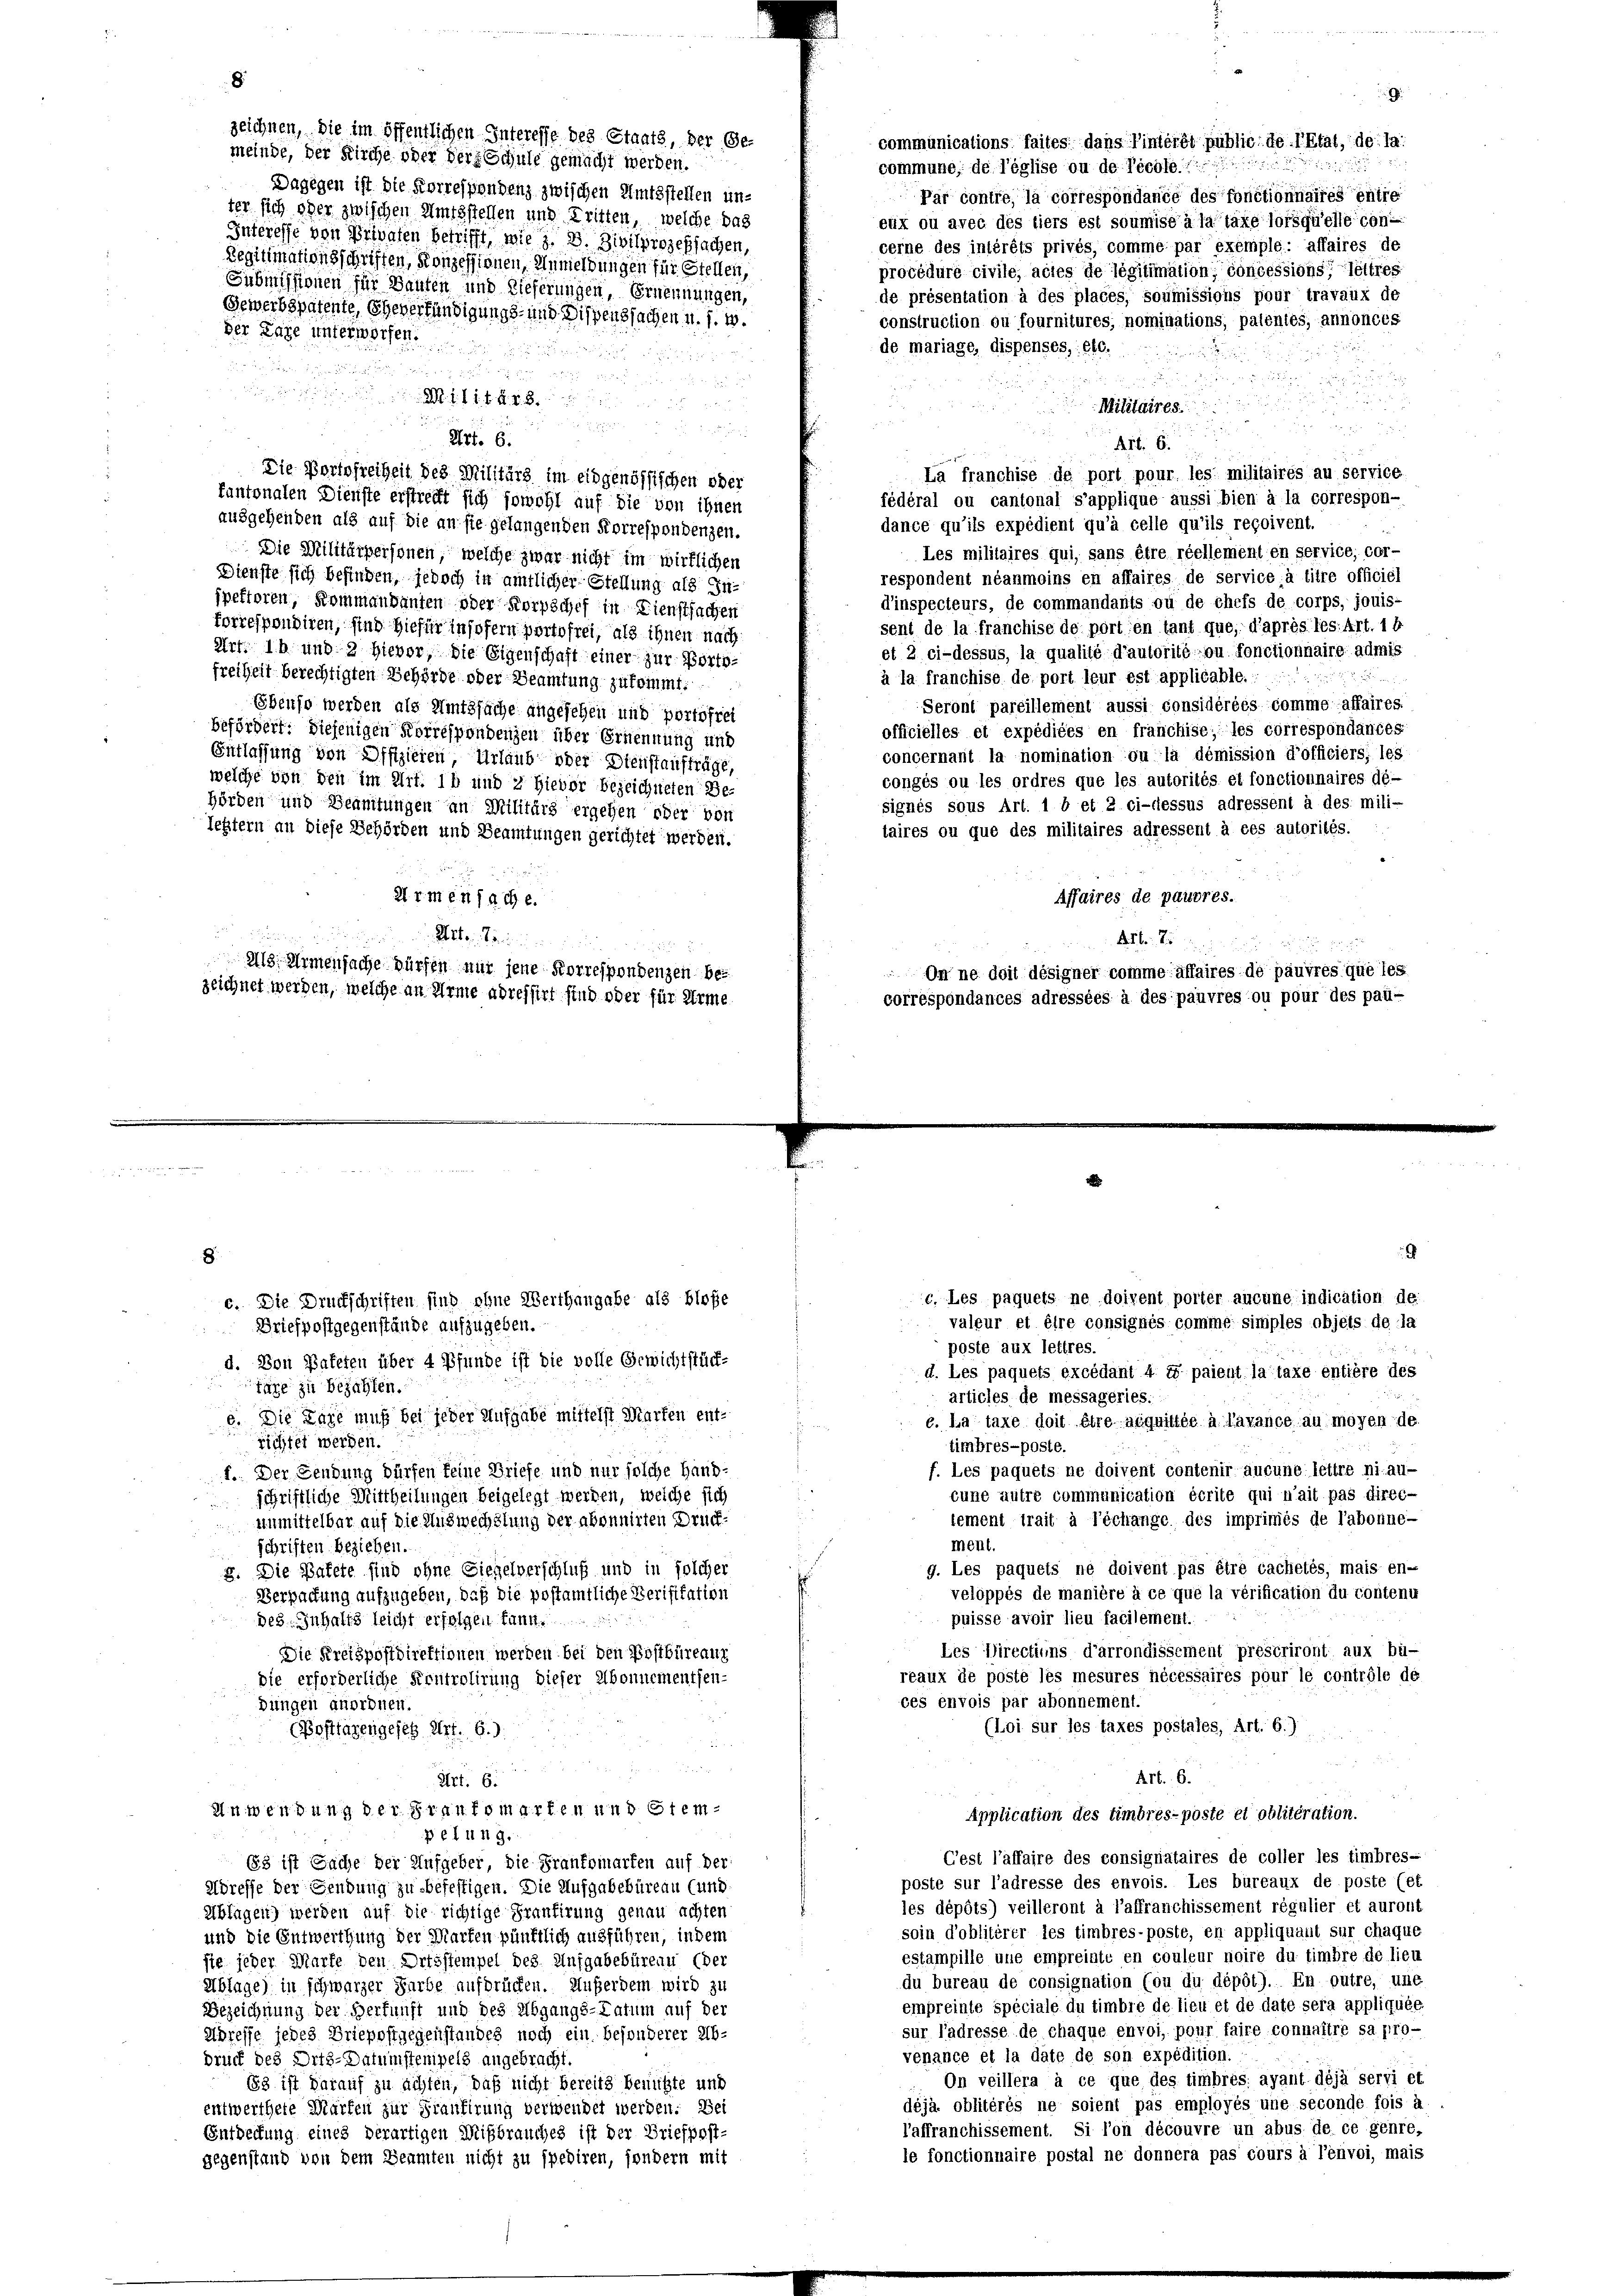
8
zeichnen, die im öffentlichen Interesse des Staats, der Gecommunications faites dans Tintérêt public. de l’Etat, de la
meinde, der Kirche oder der Schule gemacht werden.
commune, de l’église ou de Rechten
Dagegen ist die Korrespondenz zwischen Amtsstellen un¬
Par contre, la correspondance des fonctionnaires entre
ter sich oder zwischen Amtsstellen und Tritten, welche das
eux ou avec des tiers est soumise à la tate lorsquelle con-
Interesse von Privaten betrifft, wie z. B. Zivilprozessachen,
cerne des intérêts privés, comme par exemple: affaires de
Legitimationsschriften, Konzessionen, Anmeldungen für Stellen,
procédure civile, actes de légitimation, concessions lettres
Submissionen für Bauten und Dieferungen, Ernennungen,
de présentation à des places, soumissions pour travaux de
Gewerbspatente, Eheverhändigungs- und Dispenssachen u. s. w.
construction ou fournitures, nominations, patentes, annoncés
der Lage unterworfen.
de mariage, dispenses, etc.

5:

11 f 48 x

Militaires
5

 xx
Art. 6.
Art. 6.
La franchise de port pour les militaires au service
Die Portofreiheit des Militärs im eidgenössischen oder
kantonalen Dienste erstrecht sich sowohl auf die von ihnen
fédéral ou cantonal s’applique äussi bien à la correspon-
ausgehenden als auf die an sie gelangenden Korrespondenzen.
dance qu’ils expédient qu’à celle qu’ils reçoivent.
Les militaires qui, sans être réellement en service, cor-
Die Militärpersonen, welche zwar nicht im wirklichen
respondent néanmoins en affaires de service à titre officiel
Dienste sich befinden, jedoch in amtlicher-Stellung als Indinspecteurs, de commandants ou de chefs de corps, jouis-
jpektoren, Kommandanten oder Korpschef in Dienstsachen
sent de la franchise de portion tant que, d’après les: Art. 1 f
forrespondiren, sind hiefür insofern portofrei, als ihnen nach
et 2 ci-dessus, la qualité d’autorité ou fonctionnaire admis
Art. 14 und 2 hievor, die Eigenschaft einer zur Portofreiheit berechtigten Behörde oder Beamtung zukommt.

à la franchise de port leur est applicable.:
Seront pareillement aussi considérées comme affaires.
Ebenso werden als Amtssache angesehen und portofrei
officielles et expédiées en franchise; les correspondantes
befördert: diejenigen Korrespondenzen über Ernennung und
concernant la nomination ou la démission d’officiers; les
Entlassung von Offizieren, Urlaub oder Dienstaufträge,
congés ou les ordres que les autorités et fonctionnaires dé-
welche von den im Art. 16 und 2 Hievor bezeichneten Be-
signés sous Art. 1 b et 2 ci-dessus adressent à des mili-
hörden und Beamtungen an Militärs ergehen oder von
taires ou que des militaires adressent à ces autorités.
lettern an diese Behörden und Beamtungen gerichtet werden.
ü 1
Affaires de pauvres.
2t rien sache.

uee ein Brunnen
 2

218, Armensache würfen mir jene Korrespondenzen be¬
On ne doit désigner comme affaires de pauvres que les
zeichnet werden, welche an Arme adressirt sind oder für Arme
correspondances adressées à des pauvres ou pour des pau-

e

c. Les paquets ne doivent polter aucune indication de
valeur et être consignés comme simples objets de la

G

.
c. Die Druckschriften sind ohne Werthangabe als bloße
Driefpostgegenstände aufzugeben.
u
poste aux lettres.
d. Von Bafeten über 4 Pfunde ist die volle Gewichtstück-
d. Les paquets excédant 4 te paient la taxe entière des
räge zu bezahlen.
articles de messageries.
e. Die Lage muß bei jeder Aufgabe mittelst Marken ent-
c. La taxe doit être acquittée à lavance au moyen de
richtet werden.
timbres-poste.
f. Les paquets ne doivent contenir aucune lettre ni au-
f.. Der Gendung dürfen feine Briefe und nur solche Hand-
cune autre communication écrite qui n’ait pas direcschriftliche Mittheilungen beigelegt werden, welche sich
lement trait à Téchange des imprimés de l’abonne-
unmittelbar auf die Auswechslung der abonnirten Druckment.
schriften beziehen.
g. Les paquets ne doivent pas être cachetés, mais en-
8. Die Pakete sind ohne Siegelverschluß und in solcher
veloppés de manière à ce que la vérification du contenu
Verpackung aufzugeben, daß die postamtliche Verifikation
puisse avoir lieu facilement.
des. Inhalts leicht erfolgen kann.
Les Directions d’arrondissement prescriront aux bü-
Die Kreispostdirektionen werden bei den Postbüreaur
reaux de poste les mesures nécessaires pour le contrôle de
die erforderliche Kontrolirung dieser Abonnementfen-
ces envois par ubonnement.
dungen anordnen.
(Loi sur les taxes postales, Art. 6.)
(Posttagengesetz Art. 6.
Art. 6.
Art. 6.
Anwendung der Frautomarten und Stem¬
Application des timbres-poste et oblitération.
petung.
Cest l’affaire des consignataires de coller les timbres-
3 ist Sache der Aufgeber die Frankomarten auf der
poste sur l’adresse des envois. Les bureaux de poste (et
Adresse der Sendung zu befestigen. Die Aufgabebüreau (und
les dépôts) veilleront à l’affranchissement régulier et auront
Ablagen) werden auf die richtige Frantirung genau achten
soin d’obliterer les timbres-poste, en appliquant sur chaque
und die Entwerthung der Warten pünktlich ausführen, indem
estampille une empreiste en couleur noire du timbre de lieu
sie jeder Marke den Ortsstempel des Aufgabebürens (der
du bureau de consignation (ou du dépôt). En outre, une
Ablage) in schwarzer Farbe aufdrücken. Außerdem wird zu
empreinte spéciale du timbre de lieu et de date sera appliquée
Bezeichnung der Herkunft und des Abgangs-Tatum auf der
sur l’adresse de chaque envoi, pour faire connaître sa pro-
Adresse jedes Briepostgegenstandes noch ein besonderer Ab-
venance et la date de son expédition.
druck des Orts-Datumstenipels angebracht.
On veillera à ce que des timbres: ayant déjà servi et
153 ist darauf zu achten, daß nicht bereits benützte und
déjà. oblitérés ne soient pas employés une seconde fois à
entwerthete Marken zur Frantirung verwendet werden. Bei
l’affranchissement. Si l’on découvre un abus de ce genre,
Entdeckung eines derartigen Mißbrauches ist der Briefpost-
le fonctionnaire postal ne donnera pas cours à Tenvoi, mais
gegenstand von dem Beamten nicht zu spediren, sondern mit

.